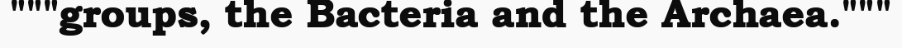
"""groups, the Bacteria and the Archaea."""